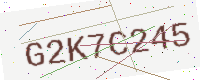
Text: G2K7C245